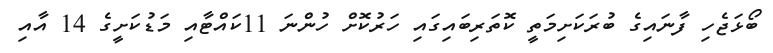
ބޯޅަޖެހި ފާނައިގެ ބުރަކަށިމަތީ ކޮތަރިބައިގައި ހަރުކޮށް ހުންނަ 11ކައްޓާއި މަޑުކަށީގެ 14 އާއި